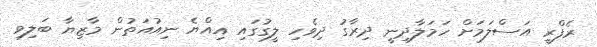
ރެފްރީ އަސްލަމަށް ހަމަލާދިނީ ދިރާގު ދިވެހި ލީގުގައި އިއްޔެ ނިއުއަތުން މާޒިޔާ ބަލިވި